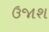
ઉજાશ